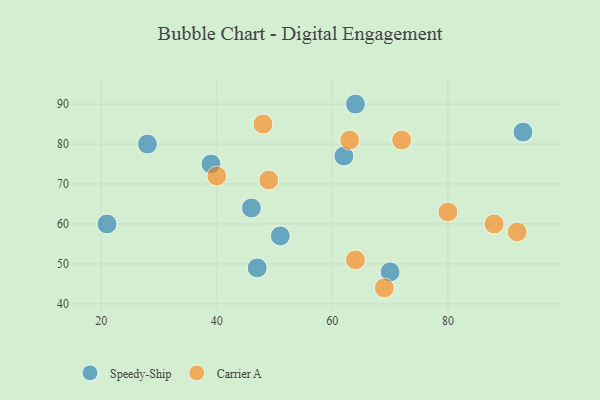
{"axis": {"x": "GDP", "y": "Life Expectancy"}, "legend": ["Carrier A", "Speedy-Ship"], "data": [{"x": "51", "y": 57, "type": "Speedy-Ship"}, {"x": "21", "y": 60, "type": "Speedy-Ship"}, {"x": "39", "y": 75, "type": "Speedy-Ship"}, {"x": "93", "y": 83, "type": "Speedy-Ship"}, {"x": "70", "y": 48, "type": "Speedy-Ship"}, {"x": "64", "y": 90, "type": "Speedy-Ship"}, {"x": "28", "y": 80, "type": "Speedy-Ship"}, {"x": "46", "y": 64, "type": "Speedy-Ship"}, {"x": "62", "y": 77, "type": "Speedy-Ship"}, {"x": "47", "y": 49, "type": "Speedy-Ship"}, {"x": "64", "y": 51, "type": "Carrier A"}, {"x": "69", "y": 44, "type": "Carrier A"}, {"x": "48", "y": 85, "type": "Carrier A"}, {"x": "72", "y": 81, "type": "Carrier A"}, {"x": "40", "y": 72, "type": "Carrier A"}, {"x": "49", "y": 71, "type": "Carrier A"}, {"x": "88", "y": 60, "type": "Carrier A"}, {"x": "92", "y": 58, "type": "Carrier A"}, {"x": "80", "y": 63, "type": "Carrier A"}, {"x": "63", "y": 81, "type": "Carrier A"}]}